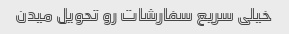
خیلی سریع سفارشات رو تحویل میدن